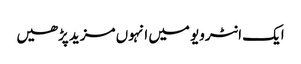
ایک انٹرویو میں انہوں مزید پڑھیں